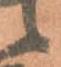
候